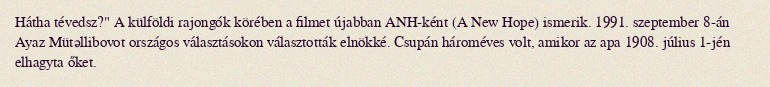
Hátha tévedsz?" A külföldi rajongók körében a filmet újabban ANH-ként (A New Hope) ismerik. 1991. szeptember 8-án Ayaz Mütəllibovot országos választásokon választották elnökké. Csupán hároméves volt, amikor az apa 1908. július 1-jén elhagyta őket.